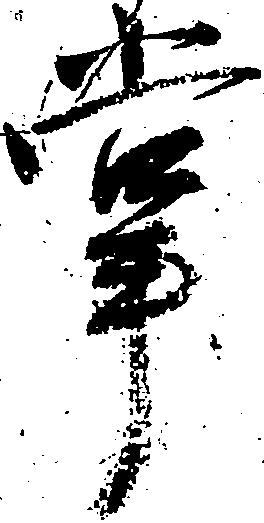
掌